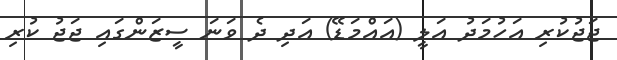
ޖަޖުކުރި އަހުމަދު އަލީ (އައްމަޑޭ) އަދި ދެ ވަނަ ސީޒަންގައި ޖަޖު ކުރި